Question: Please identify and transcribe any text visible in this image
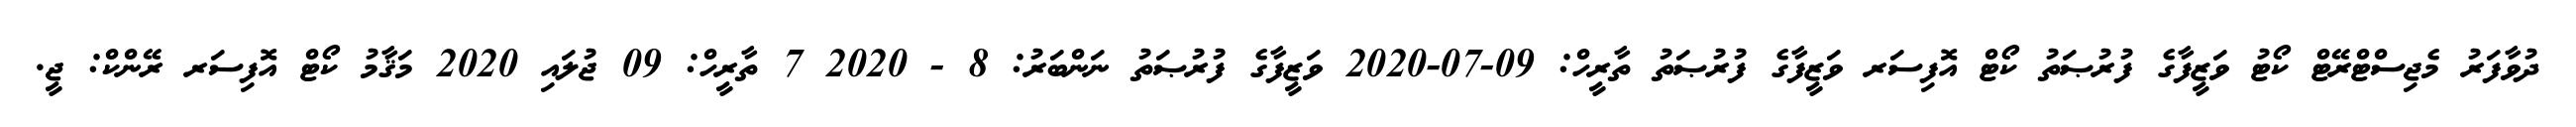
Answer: ދުވާފަރު މެޖިސްޓްރޭޓް ކޯޓު ވަޒީފާގެ ފުރުޞަތު ކޯޓް އޮފިސަރ ވަޒީފާގެ ފުރުޞަތު ތާރީހް: 09-07-2020 ވަޒީފާގެ ފުރުޞަތު ނަންބަރު: 8 - 2020 7 ތާރީހް: 09 ޖުލައި 2020 މަޤާމު ކޯޓް އޮފިސަރ ރޭންކް: ޖީ.